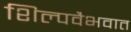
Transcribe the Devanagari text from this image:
शिल्पवैभवात